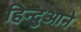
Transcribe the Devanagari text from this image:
हिन्दुआने